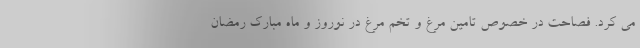
می کرد. فصاحت در خصوص تامین مرغ و تخم مرغ در نوروز و ماه مبارک رمضان